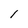
Character: l